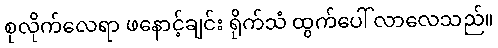
စုလိုက်လေရာ ဖနောင့်ချင်း ရိုက်သံ ထွက်ပေါ် လာလေသည်။